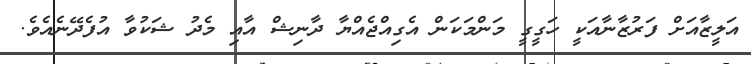
އަލީޒާއަށް ފަރުޒާނާއަކީ ހަގީގީ މަންމަކަން އެގިއްޖެއްޔާ ދާނިޝް އާއި މެދު ޝަކުވާ އުފެދޭނެއެވެ.